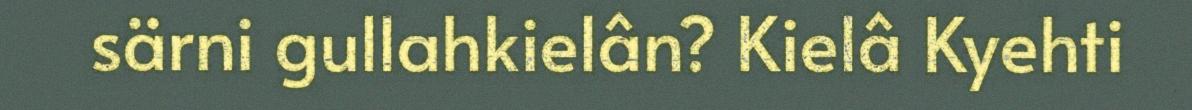
särni gullahkielân? Kielâ Kyehti